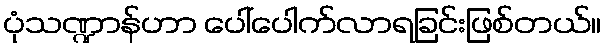
ပုံသဏ္ဍာန်ဟာ ပေါ်ပေါက်လာရခြင်းဖြစ်တယ်။